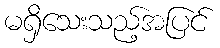
မရှိသေးသည့်အပြင်